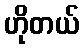
ဟိုတယ်